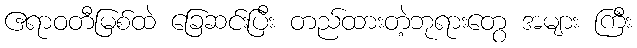
ဧရာဝတီမြစ်ထဲ ခြေဆင်းပြီး တည်ထားတဲ့ဘုရားတွေ အများ ကြီး